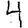
Digit: 4